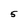
Character: 5